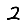
Digit: 2